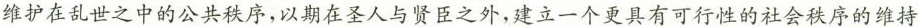
维护在乱世之中的公共秩序，以期在圣人与贤臣之外，建立一个更具有可行性的社会秩序的维持